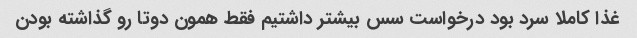
غذا کاملا سرد بود درخواست سس بیشتر داشتیم فقط همون دوتا رو گذاشته بودن